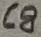
Text: C8